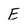
Character: E